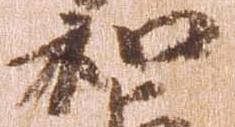
和